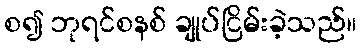
စ၍ ဘုရင်စနစ် ချုပ်ငြိမ်းခဲ့သည်။